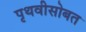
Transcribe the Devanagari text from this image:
पृथवीसोबत